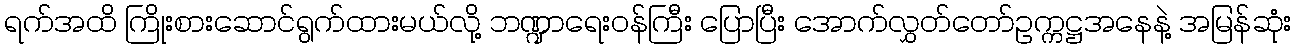
ရက်အထိ ကြိုးစားဆောင်ရွက်ထားမယ်လို့ ဘဏ္ဍာရေးဝန်ကြီး ပြောပြီး အောက်လွှတ်တော်ဥက္ကဋ္ဌအနေနဲ့ အမြန်ဆုံး